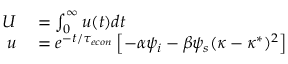
\begin{array} { r l } { U } & { { } = \int _ { 0 } ^ { \infty } u ( t ) d t } \\ { u } & { { } = e ^ { - t / { \tau _ { e c o n } } } \left[ - \alpha \psi _ { i } - \beta \psi _ { s } ( \kappa - \kappa ^ { * } ) ^ { 2 } \right] } \end{array}